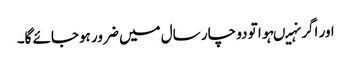
اور اگر نہیںہوا تو دو چار سال میں ضرور ہوجائے گا۔